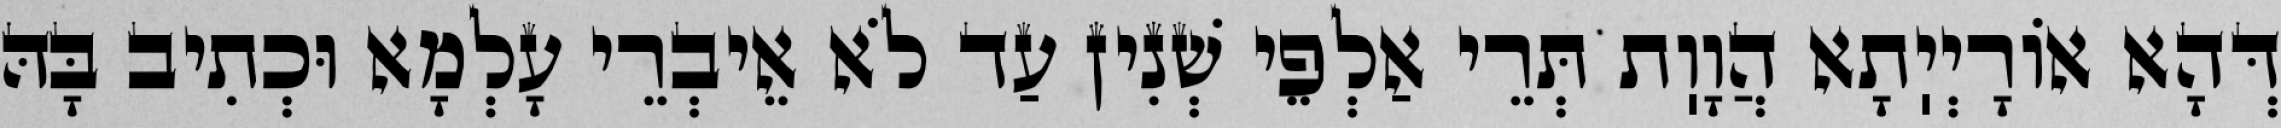
דְּהָא אוֹרָיְיֽתָא הֲוָוֽת תְּרֵי אַלְפֵי שְׁנִין עַד לֹא אֵיבְרֵי עָלְמָא וּכְתִיב בָּהּ